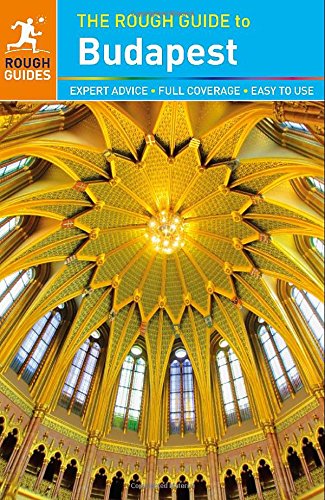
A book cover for The Rough Guide to Budapest; Rough Guides; Travel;